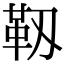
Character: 靱